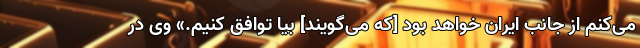
می‌کنم از جانب ایران خواهد بود [که می‌گویند] بیا توافق کنیم.» وی در